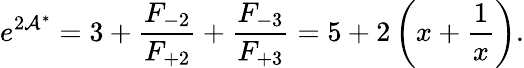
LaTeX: e^{2\mathcal{A}^{\ast}}=3+\frac{F_{-2}}{F_{+2}}+\frac{F_{-3}}{F_{+3}}=5+2\left(x+\frac{1}{x}\right).